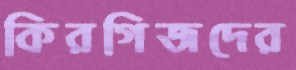
কিরগিজদের